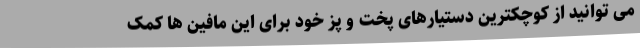
می توانید از کوچکترین دستیارهای پخت و پز خود برای این مافین ها کمک